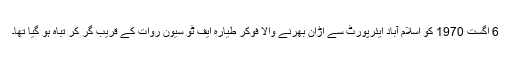
6 اگست 1970 کو اسلام آباد ایئرپورٹ سے اڑان بھرنے والا فوکر طیارہ ایف ٹو سیون روات کے قریب گر کر تباہ ہو گیا تھا۔